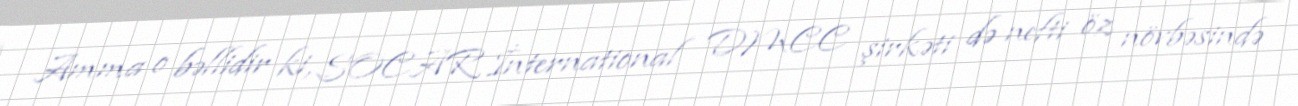
Amma o bəllidir ki, SOCAR İnternational DMCC şirkəti də nefti öz növbəsində